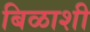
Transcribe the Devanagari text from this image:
बिळाशी